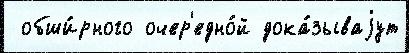
 обши́рного очер'едно́й дока́зываjут